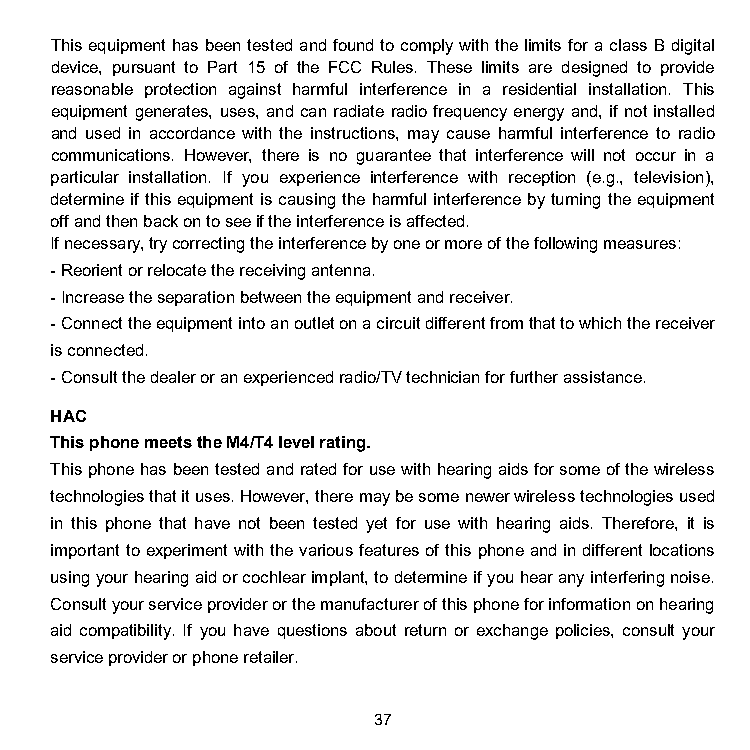
This equipment has been tested and found to comply with the limits for a class B digital
 device, pursuant to Part 15 of the FCC Rules. These limits are designed to provide
 reasonable protection against harmful interference in a residential installation. This
 equipment generates, uses, and can radiate radio frequency energy and, if not installed
 and used in accordance with the instructions, may cause harmful interference to radio
 communications. However, there is no guarantee that interference will not occur in a
 particular installation. If you experience interference with reception (e.g., television),
 determine if this equipment is causing the harmful interference by turning the equipment
 off and then back on to see if the interference is affected.
 If necessary, try correcting the interference by one or more of the following measures:
 - Reorient or relocate the receiving antenna.
 - Increase the separation between the equipment and receiver.
 - Connect the equipment into an outlet on a circuit different from that to which the receiver
 is connected.
 - Consult the dealer or an experienced radio/TV technician for further assistance.
 HAC
 This phone meets the M4/T4 level rating.
 This phone has been tested and rated for use with hearing aids for some of the wireless
 technologies that it uses. However, there may be some newer wireless technologies used
 in this phone that have not been tested yet for use with hearing aids. Therefore, it is
 important to experiment with the various features of this phone and in different locations
 using your hearing aid or cochlear implant, to determine if you hear any interfering noise.
 Consult your service provider or the manufacturer of this phone for information on hearing
 aid compatibility. If you have questions about return or exchange policies, consult your
 service provider or phone retailer.
 37